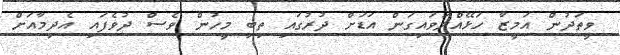
ވީތަދުން އަމީޒާ ހަޅޭއްލަވައިގަން އަޑަށް ދުރުގައި ތިބި މީހުން ވެސް ދުވެފައި އެދިމާއަށް